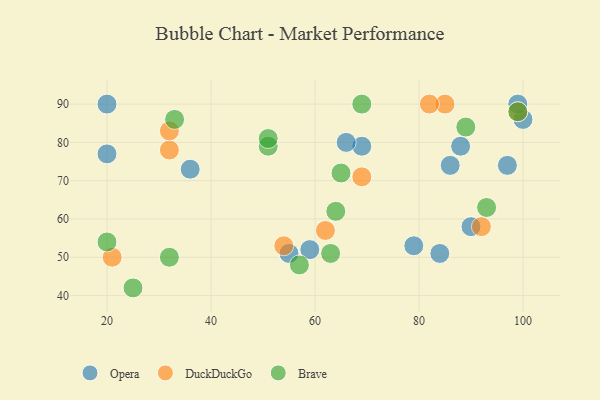
{"axis": {"x": "GDP", "y": "Life Expectancy"}, "legend": ["Brave", "DuckDuckGo", "Opera"], "data": [{"x": "79", "y": 53, "type": "Opera"}, {"x": "36", "y": 73, "type": "Opera"}, {"x": "84", "y": 51, "type": "Opera"}, {"x": "69", "y": 79, "type": "Opera"}, {"x": "90", "y": 58, "type": "Opera"}, {"x": "86", "y": 74, "type": "Opera"}, {"x": "66", "y": 80, "type": "Opera"}, {"x": "20", "y": 77, "type": "Opera"}, {"x": "59", "y": 52, "type": "Opera"}, {"x": "88", "y": 79, "type": "Opera"}, {"x": "20", "y": 90, "type": "Opera"}, {"x": "55", "y": 51, "type": "Opera"}, {"x": "100", "y": 86, "type": "Opera"}, {"x": "99", "y": 90, "type": "Opera"}, {"x": "97", "y": 74, "type": "Opera"}, {"x": "69", "y": 71, "type": "DuckDuckGo"}, {"x": "32", "y": 78, "type": "DuckDuckGo"}, {"x": "99", "y": 88, "type": "DuckDuckGo"}, {"x": "62", "y": 57, "type": "DuckDuckGo"}, {"x": "92", "y": 58, "type": "DuckDuckGo"}, {"x": "32", "y": 83, "type": "DuckDuckGo"}, {"x": "21", "y": 50, "type": "DuckDuckGo"}, {"x": "85", "y": 90, "type": "DuckDuckGo"}, {"x": "54", "y": 53, "type": "DuckDuckGo"}, {"x": "82", "y": 90, "type": "DuckDuckGo"}, {"x": "25", "y": 42, "type": "Brave"}, {"x": "69", "y": 90, "type": "Brave"}, {"x": "20", "y": 54, "type": "Brave"}, {"x": "57", "y": 48, "type": "Brave"}, {"x": "51", "y": 79, "type": "Brave"}, {"x": "51", "y": 81, "type": "Brave"}, {"x": "33", "y": 86, "type": "Brave"}, {"x": "64", "y": 62, "type": "Brave"}, {"x": "63", "y": 51, "type": "Brave"}, {"x": "99", "y": 88, "type": "Brave"}, {"x": "89", "y": 84, "type": "Brave"}, {"x": "32", "y": 50, "type": "Brave"}, {"x": "65", "y": 72, "type": "Brave"}, {"x": "93", "y": 63, "type": "Brave"}]}